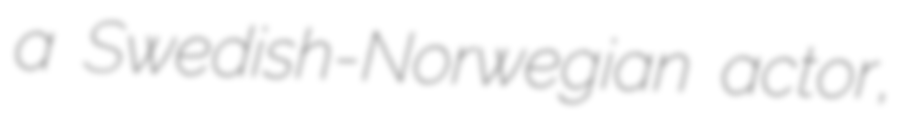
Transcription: a Swedish-Norwegian actor,